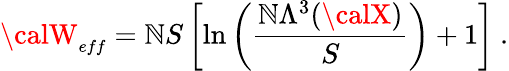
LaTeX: {\calW}_{\small{eff}}=\mathbb{N}S\left[\ln\left(\frac{{\mathbb{N}\Lambda^{3}({\calX})}}{{S}}\right)+1\right]~.